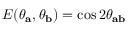
E ( \theta _ { \mathbf { a } } , \theta _ { \mathbf { b } } ) = \cos 2 \theta _ { \mathbf { a b } }